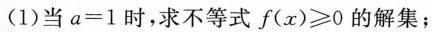
(1)当$$a = 1$$时，求不等式$$f ( x ) ≥ 0$$的解集；